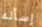
إسأله